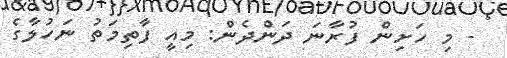
- މި ހަށިން ފުރާނަ ދަންދެން: މިއީ ފާތިމަތު ނަހުލާގެ